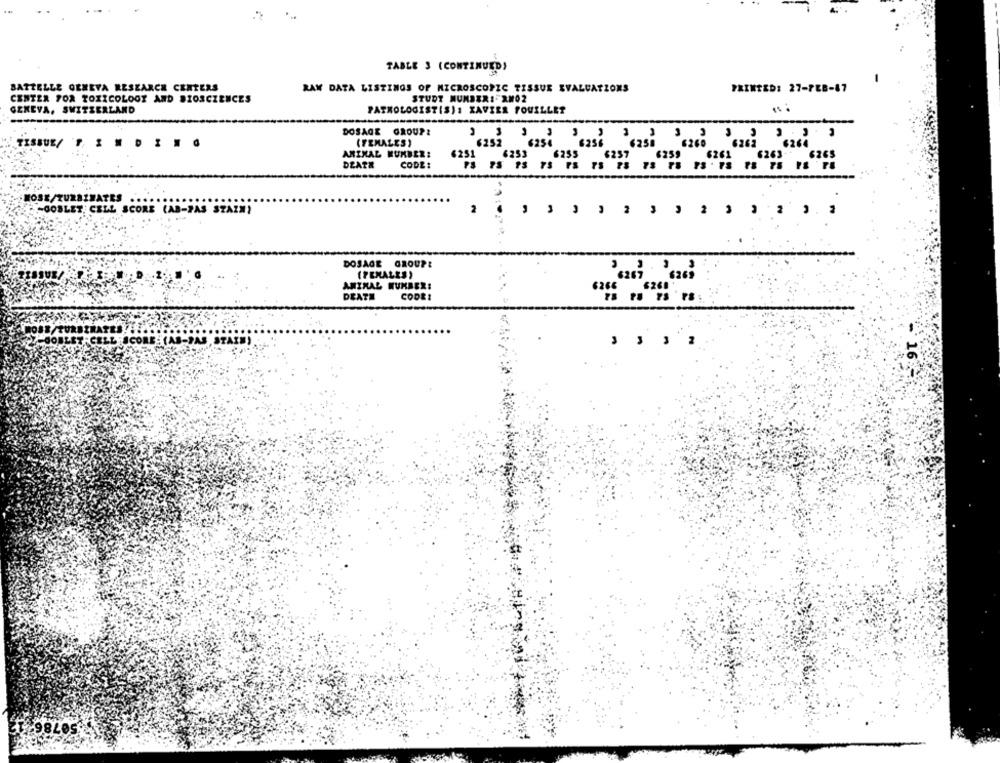
TABLE 3 (CONTINUED)
BATTELLE GENEVA RESEARCH CENTERS
RAW DATA LISTINGS OF MICROSCOPIC TISSUE EVALUATIONS
PRINTED: 27-7EB-87
CENTER 70X TOXICOLOGY AND BIOSCIENCES
STUDY NUMBER :- XM02
GENEVA, SWITZERLAND
PATHOLOGIST(S): XAVIER FOUILLET
DOSAGE GROUP!
TISSUE/ T IDING
(FEMALES )
6151 6231 6236 6250 6260
ANIMAL NUMBER:
6251
6253
6255
DEATA
CODE:
HOSE/TURBINATES
PT-GOBLET, CELL SCORE (AB-PAS STAIN)
DOSAGE GROUPE
(PENALES)
6267 6269
ANIMAL NUMBER:
DEATH
CODE: